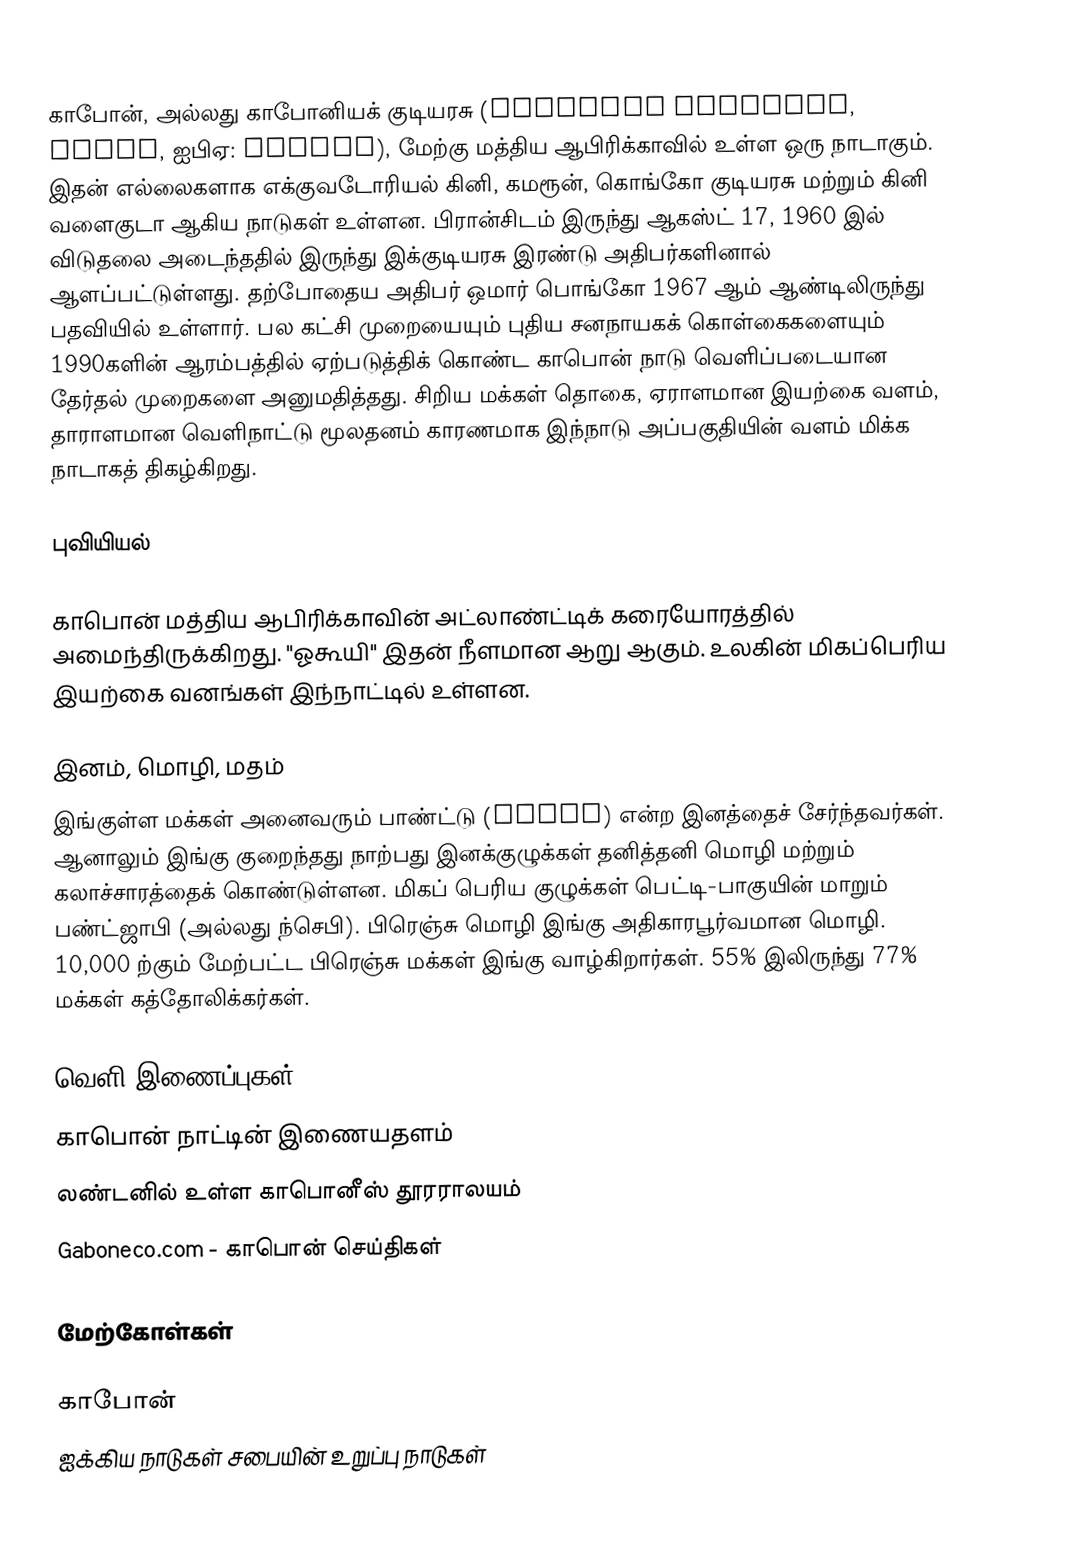
காபோன், அல்லது காபோனியக் குடியரசு (Gabonese Republic, Gabon, ஐபிஏ: gəˈbon), மேற்கு மத்திய ஆபிரிக்காவில் உள்ள ஒரு நாடாகும். இதன் எல்லைகளாக எக்குவடோரியல் கினி, கமரூன், கொங்கோ குடியரசு மற்றும் கினி வளைகுடா ஆகிய நாடுகள் உள்ளன. பிரான்சிடம் இருந்து ஆகஸ்ட் 17, 1960 இல் விடுதலை அடைந்ததில் இருந்து இக்குடியரசு இரண்டு அதிபர்களினால் ஆளப்பட்டுள்ளது. தற்போதைய அதிபர் ஒமார் பொங்கோ 1967 ஆம் ஆண்டிலிருந்து பதவியில் உள்ளார். பல கட்சி முறையையும் புதிய சனநாயகக் கொள்கைகளையும் 1990களின் ஆரம்பத்தில் ஏற்படுத்திக் கொண்ட காபொன் நாடு வெளிப்படையான தேர்தல் முறைகளை அனுமதித்தது. சிறிய மக்கள் தொகை, ஏராளமான இயற்கை வளம், தாராளமான வெளிநாட்டு மூலதனம் காரணமாக இந்நாடு அப்பகுதியின் வளம் மிக்க நாடாகத் திகழ்கிறது.

புவியியல்

காபொன் மத்திய ஆபிரிக்காவின் அட்லாண்ட்டிக் கரையோரத்தில் அமைந்திருக்கிறது. "ஓகூயி" இதன் நீளமான ஆறு ஆகும். உலகின் மிகப்பெரிய இயற்கை வனங்கள் இந்நாட்டில் உள்ளன.

இனம், மொழி, மதம்
இங்குள்ள மக்கள் அனைவரும் பாண்ட்டு (Bantu) என்ற இனத்தைச் சேர்ந்தவர்கள். ஆனாலும் இங்கு குறைந்தது நாற்பது இனக்குழுக்கள் தனித்தனி மொழி மற்றும் கலாச்சாரத்தைக் கொண்டுள்ளன. மிகப் பெரிய குழுக்கள் பெட்டி-பாகுயின் மாறும் பண்ட்ஜாபி (அல்லது ந்செபி). பிரெஞ்சு மொழி இங்கு அதிகாரபூர்வமான மொழி. 10,000 ற்கும் மேற்பட்ட பிரெஞ்சு மக்கள் இங்கு வாழ்கிறார்கள். 55% இலிருந்து 77% மக்கள் கத்தோலிக்கர்கள்.

வெளி இணைப்புகள்
 காபொன் நாட்டின் இணையதளம்
 லண்டனில் உள்ள காபொனீஸ் தூரராலயம்
 Gaboneco.com - காபொன் செய்திகள்

மேற்கோள்கள்

காபோன்
ஐக்கிய நாடுகள் சபையின் உறுப்பு நாடுகள்